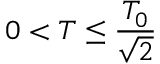
0 < T \leq \frac { T _ { 0 } } { \sqrt { 2 } }